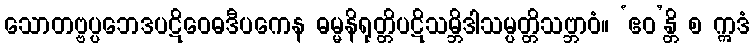
သောတဗ္ဗပ္ပဘေဒပဋိဝေဓဒီပကေန ဓမ္မနိရုတ္တိပဋိသမ္ဘိဒါသမ္ပတ္တိသဗ္ဘာဝံ။ ‘ဧဝ’န္တိ စ ဣဒံ